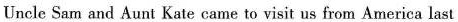
Uncle Sam and Aunt Kate came to visit us from America last